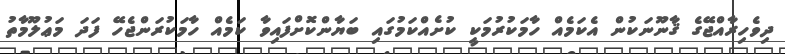
ދިވެހިރާއްޖޭގެ ޤާނޫނަކުން އެކަމެއް ހާމަކުރުމަކީ ކުށެއްކަމުގައި ބަޔާންކޮށްފައިވާ ކަމެއް ހާމަކުރަންޖެހޭ ފަދަ މަޢުލޫމާތު